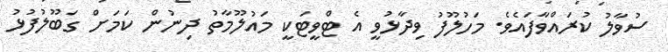
ސުވާލު ކުރައްވާފައެވެެ. މަހުލޫފު ވިދާޅުވީ އެ ޓްވީޓަކީ މައުލޫމާތު ދިނުން ކަމަށް ގަބޫލުފުޅު